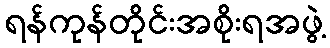
ရန်ကုန်တိုင်းအစိုးရအဖွဲ့